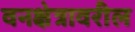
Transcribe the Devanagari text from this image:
वनक्षेत्रावरील